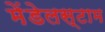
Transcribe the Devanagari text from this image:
मेंडेलस्टाम